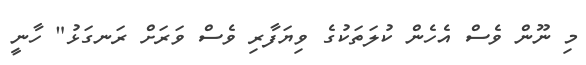
މި ނޫން ވެސް އެހެން ކުލަތަކުގެ ވިޔަފާރި ވެސް ވަރަށް ރަނގަޅު" ހާނީ